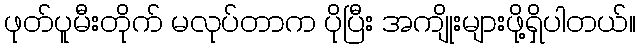
ဖုတ်ပူမီးတိုက် မလုပ်တာက ပိုပြီး အကျိုးများဖို့ရှိပါတယ်။